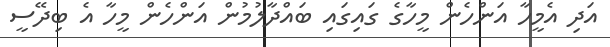
އަދި އެމީހާ އަންހެން މީހާގެ ގައިގައި ބައްދާލުމުން އަންހެން މީހާ އެ ބިދޭސީ